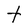
Character: t